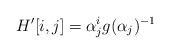
LaTeX: \begin{align*}H'[i,j]=\alpha_j^ig(\alpha_j)^{-1}\end{align*}